Indian Medical Review
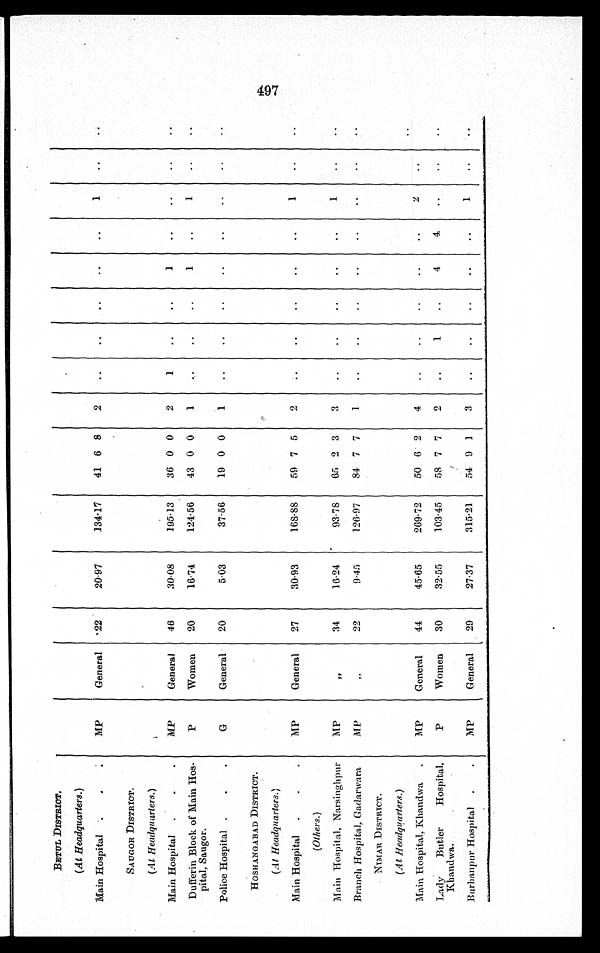
BETUL DISTRICT.
(At Headquarters .)
Main Hospital
MP
General
22
20.97
134.17
41 6 8
2
..
..
..
..
. .
1
..
. .
SAUGOR DISTRICT.
(At Headquarters.)
Main Hospital
MP
General
46
30.08
195.13
36 0 0
2
1
..
..
1
..
..
..
..
Dufferin Block of Main Hos-
pital, Saugor.
P
Women
20
16.74
124.56
43 0 0
1 . .
..
..
1
..
1
..
..
Police Hospital
G
General
20
5.03
37.56
19 0 0
1
..
..
..
..
..
..
..
..
HOSHANGABAD DISTRICT.
(At Headquarters .)
Main Hospital
MP
General
27
30.93
168.88
59 7 5
2
..
..
..
..
. .
1
. .
. .
(Others.)
Main Hospital, Narsinghpur
MP
"
34
16.24
93.78
65 2 3
3
..
..
..
..
..
1
. .
. .
Branch Hospital, Gadarwara
MP
" 22
9.45
126.97
84 7 7
1
..
..
..
..
..
..
. .
. .
NIMAR DISTRICT.
(At Headquarters.)
Main Hospital, Khandwa
MP
General
44
45.65
269.72
50 6 2
4
..
..
..
..
..
2
. .
. .
Lady Butler
Hospital,
Khandwa.
P
Women
30
32.55
103.45
58 7 7
2
..
1
..
4
4
. .
. .
. .
Burhanpur Hospital
MP
General
29
27.37
315.21
54 9 1
3
. .
. .
..
..
..
1
. .
. .